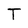
Character: T